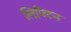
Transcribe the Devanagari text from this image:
लिफ्टिन